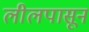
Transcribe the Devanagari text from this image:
लीलपासून